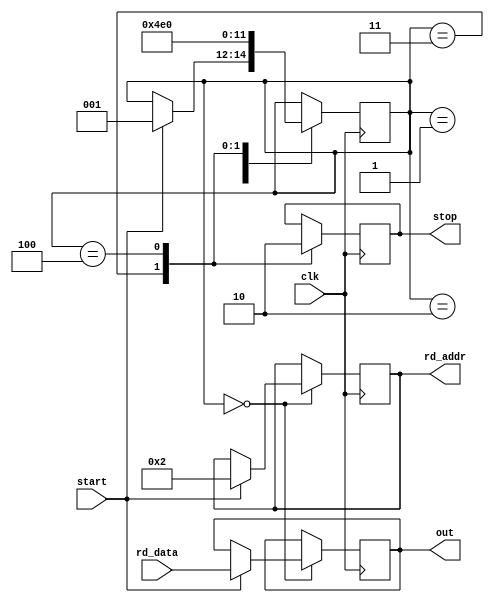
`default_nettype none


module memtest (
  clk,
  start,
  rd_addr,
  rd_data,
  stop,
  out,
);

  parameter ABITS = 8, DBITS = 16;
  parameter BITLEN = 16;

  localparam IDLE = 0;
  localparam RECV = 1;
  localparam SEND = 2;
  localparam SEND2 = 3;
  localparam END = 4;

  input clk;
  input start;
  input [DBITS-1:0] rd_data;
  output reg  [ABITS-1:0] rd_addr;
  initial rd_addr = 0;
  output reg stop;
  output reg [BITLEN-1:0] out;

  reg [2:0] state = 0;

  always @(posedge clk) begin
    case (state)
      IDLE: begin
        if(start) begin
          rd_addr = 2;
          state = RECV;
          out <= rd_data;
        end
      end
      RECV: begin
        state <= SEND;
      end
      SEND: begin
        state <= SEND2;
      end
      SEND2: begin
        stop <= 1;
        state <= END;
      end
      END: begin
        stop <= 0;
        state <= IDLE;
      end
    endcase



  end

endmodule